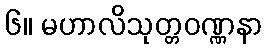
၆။ မဟာလိသုတ္တဝဏ္ဏနာ